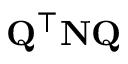
\mathbf { Q } ^ { \top } \mathbf { N Q }